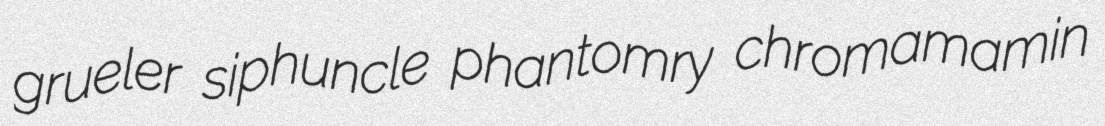
grueler siphuncle phantomry chromamamin